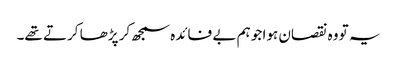
یہ تو وہ نقصان ہوا جو ہم بے فائدہ سمجھ کر پڑھا کرتے تھے۔